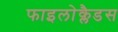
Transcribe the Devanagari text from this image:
फाइलोक्लैडस